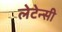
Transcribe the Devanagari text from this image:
लेटेन्सी